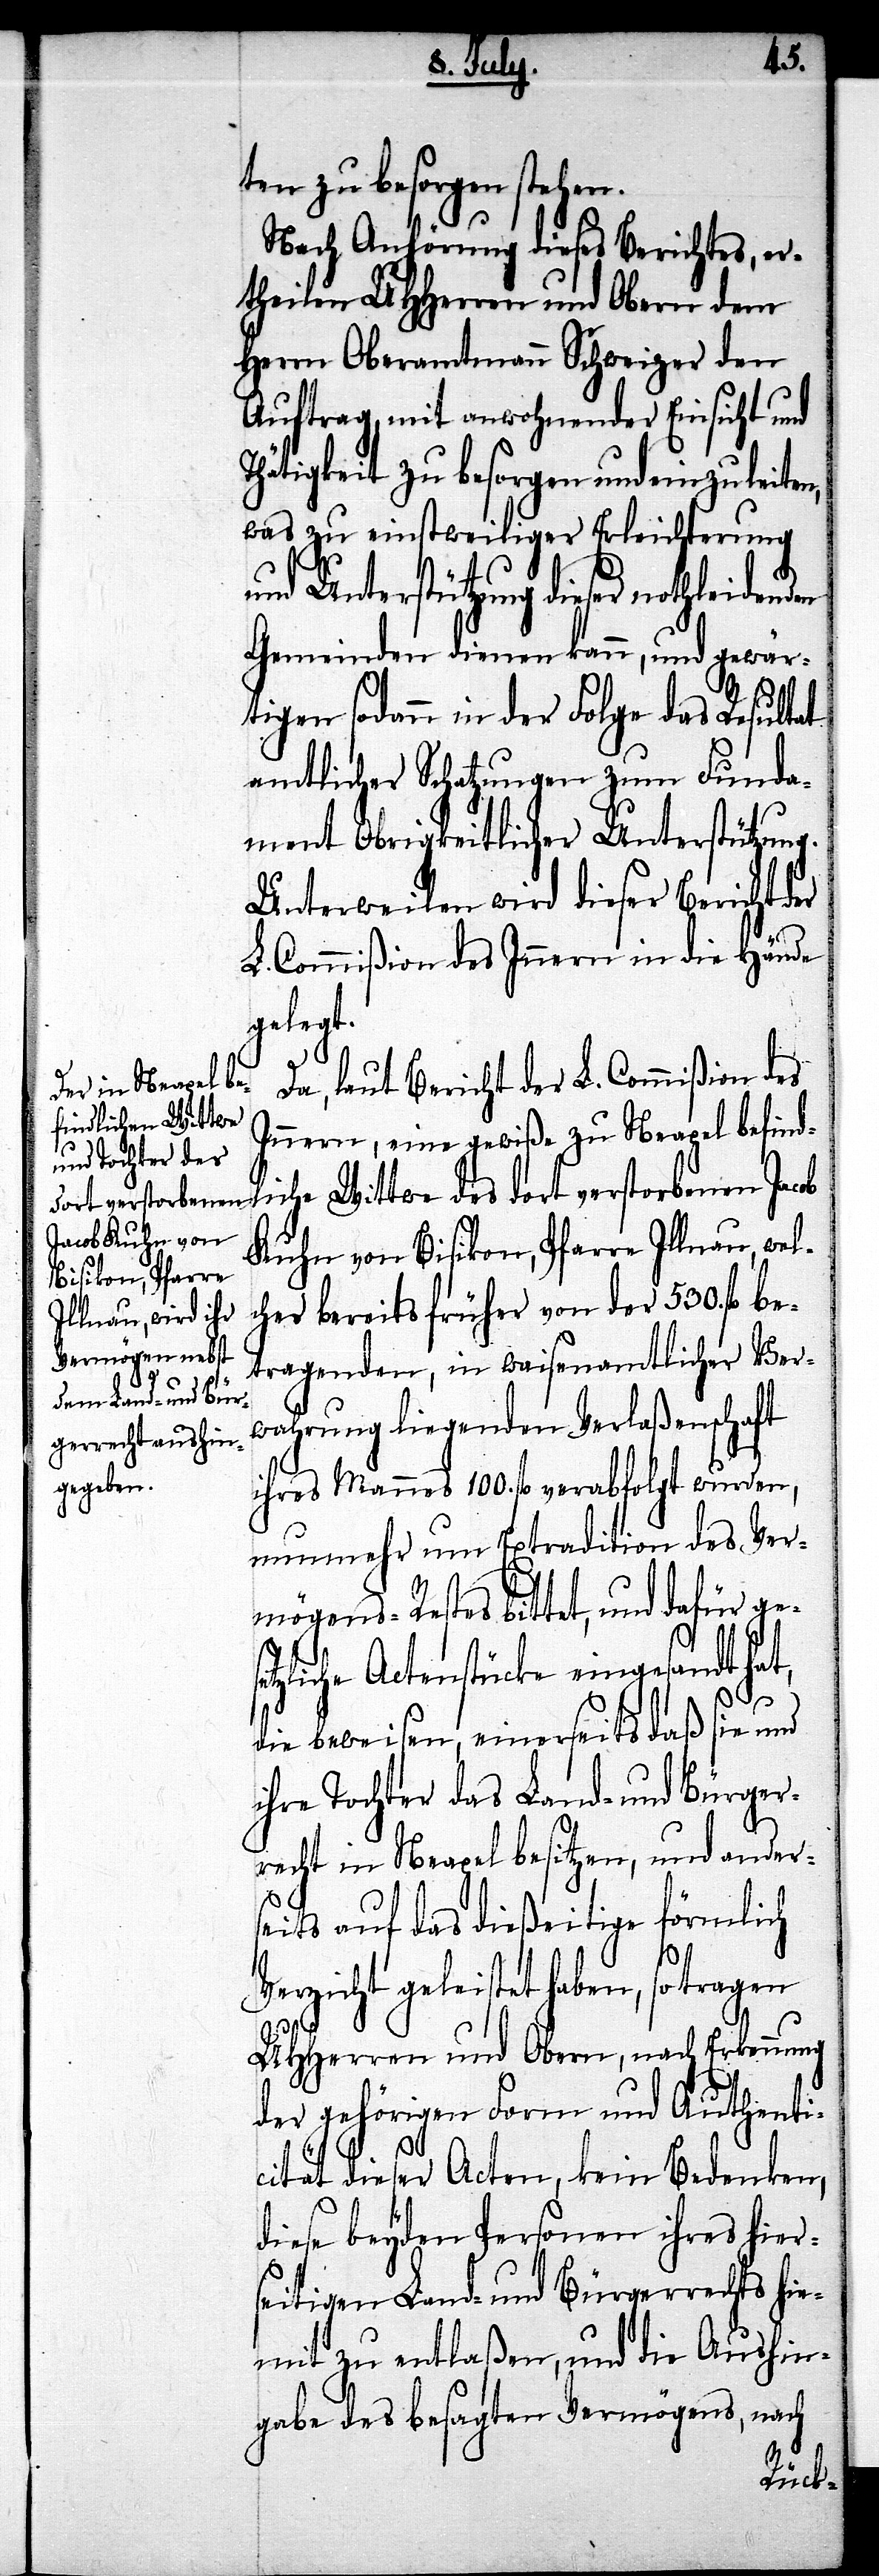
ng

ten zu besorgen stehen.
Nach Anhörung dieses Berichtes, er¬
theilen UHHerren und Obern dem
Herrn Oberamtmann Schweizer den
Auftrag, mit anwohnender Einsicht und
Thätigkeit zu besorgen und einzuleiten,
was zu einstweiliger Erleichterung
und Unterstützung dieser nothleidend¬
Gemeinden dienen kann, und gewär¬
tigen sodann in der Folge das Resultat
amtlicher Schatzungen zum Funda¬
ment Obrigkeitlicher Unterstützung.
Unterweilen wird dieser Bericht der
L. Commißion des Innern in die Hände
gelegt.
Da, laut Bericht der L. Commißion des
Innern, eine gewiße zu Neapel befind¬
liche Wittwe des dort verstorbenen Jacob
Kuhn von Bisikon, Pfarre Illnau, wel¬
cher bereits früher von der 530. fl. be¬
tragenden, in waisenamtlicher Ver¬
wahrung liegenden Verlaßenschaft
ihres Mannes 100. fl. verabfolgt wurden,
nunmehr um Extradition des Ver¬
mögens-Restes bittet, und dafür ge¬
zliche Actenstücke eingesandt hat,
die beweisen, einerseits daß sie und
ihre Tochter das Land- und Bürger¬
recht in Neapel besitzen, und anders¬
eits auf das dießseitige förmlich
Verzicht geleistet haben, so tragen
UHHerren und Obern, nach Erkennu¬
der gehörigen Form und Authenti¬
cität dieser Acten, kein Bedenken,
diese beyden Personen ihres hier¬
seitigen Land- und Bürgerrechts hie¬
mit zu entlaßen, und die Aushin¬
gabe des besagten Vermögens, nach